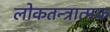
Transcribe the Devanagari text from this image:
लोकतन्त्रात्मक